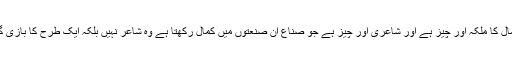
ان صنعتوں کے استعمال کا ملکہ اور چیز ہے اور شاعری اور چیز ہے جو صناع ان صنعتوں میں کمال رکھتا ہے وہ شاعر نہیں بلکہ ایک طرح کا بازی گر اور شعبدہ باز ہے‘۔